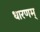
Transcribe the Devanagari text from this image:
धारणम्